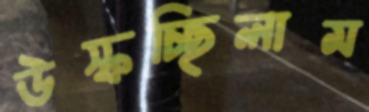
উস্‌কচ্ছিলাম